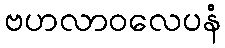
ဗဟလာဝလေပနံ